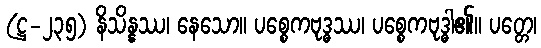
(ဋ္ဌ-၂၃၅) နိသိန္နဿ၊ နေသော။ ပစ္စေကဗုဒ္ဓဿ၊ ပစ္စေကဗုဒ္ဓါ၏။ ပတ္တေ၊